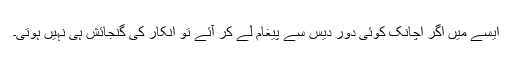
ایسے میں اگر اچانک کوئی دور دیس سے پیغام لے کر آئے تو انکار کی گنجائش ہی نہیں ہوتی۔